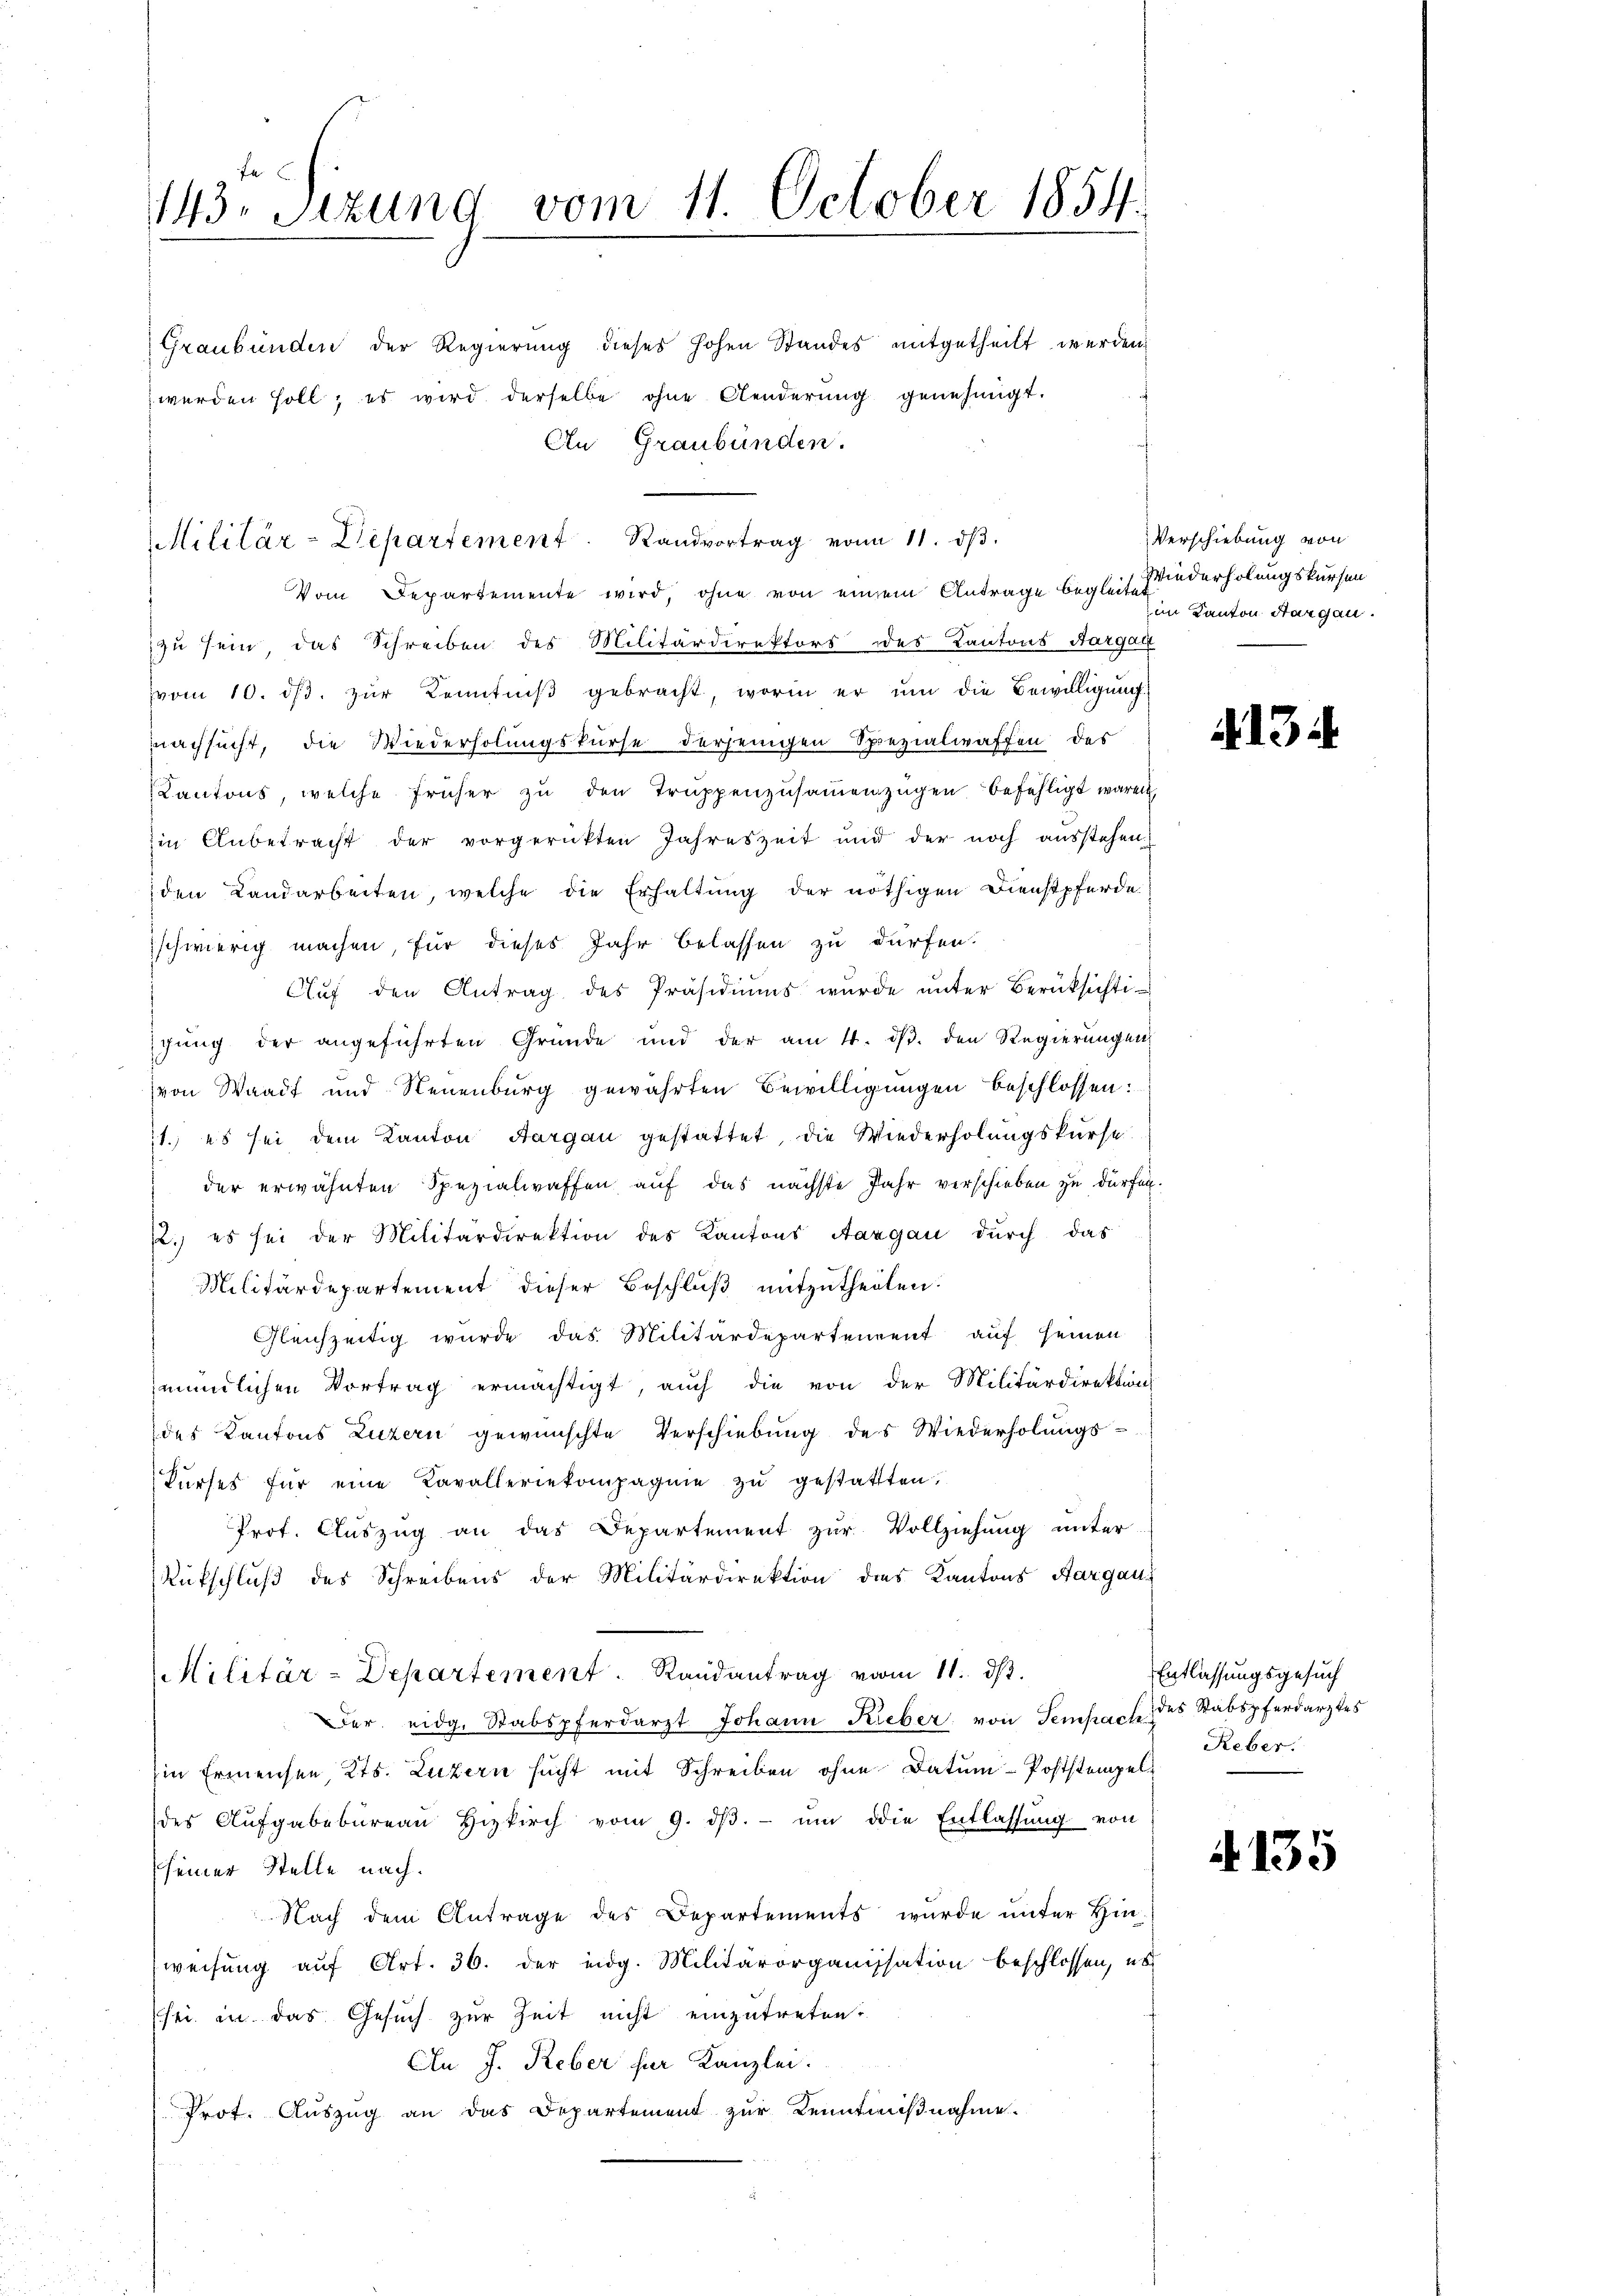
143. Sizung vom 11. October 1854.
Graubünden der Regierung dieses hohen Standes mitgetheilt werden,
werden soll, es wird derselbe ohne Aenderung genehmigt.
An Graubünden.

Vom Departemente wird, ohne von einem Antrage begleite federholungskursen
zu sein, das Schreiben des Militärdirektors des Kantons Aargaui
vom 10. dβ. zŭr Kenntniβ gebracht worin er um die Bewilligung
nachsucht, die Wiederholungskurse derjenigen Spezialwaffen des
Kantons, welche früher zŭ den Trŭppenzŭsaṁenzügen befehligt waren
in Anbetracht der vorgerückten Jahreszeit und der noch ausstehen,
den Landarbeiten, welche die Erhaltung der nöthigen Dienstpferde
schwierig machen, für dieses Jahr belassen zu dürfen.
Chuf den Antrag des Präsidiums wurde unter Berücksichtichung der angeführten Gründe und der am 4. ds. den Regierungen
von Waadt und Neuenburg gewährten Bewilligungen beschlossen:
11. es sei dem Kanton Aargau gestattet, die Wiederholungskurse
der erwähnten Spezialwaffen auf das nächste Jahr verschieben zu dürfen.
22.) es sei der Militärdirektion des Kantons Aargau durch das
Militärdepartement dieser Beschluß mitzutheilen.
Gleichzeitig wurde das Militärdepartement auf seinen
mündlichen Vortrag ermächtigt, auch die von der Militärdirektions
des Kantons Luzern gewünschte Verschiebung des Wiederholungs-
kŭrses für eine Kavalleriekompagnie zŭ gestatten.
Prot. Auszug an das Departement zur Vollziehung unter
Rütschluß des Schreibens der Militärdirektion des Kantons Aargaus
Militär-Departement. Randantrag vom 11. ds.
Der eidg. Stabspferdarzt Johann Lieber von Sempach
Ein Ermensen, Kts. Luzern sucht mit Schreiben ohne Datum Poststempeldes Aufgabebüreaŭ Hizkirch vom 9. dβ. ŭm die Entlassŭng von
seiner Stelle nach.
Nach dem Antrage des Departements wurde unter Hinweisung aŭf Art. 36. der eidg. Militärorganisation beschlossen, es
sei in das Gesuch zur Zeit nicht einzutreten,
An J. Reber für Kanzlei.
Prot. Auszug an das Departement zur Kenntnißnahme.

Militär-Departement. Sandvortrag von 11. dβ.

Verschiebung von
im Kanton Sargau.

413

Entlassungsgesuch
des Stabspferdarztes
Reber.

135